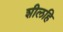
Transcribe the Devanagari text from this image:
शीलहि